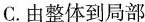
C.由整体到局部